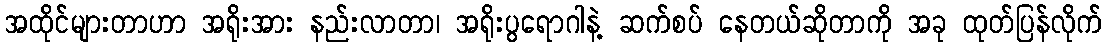
အထိုင်များတာဟာ အရိုးအား နည်းလာတာ၊ အရိုးပွရောဂါနဲ့ ဆက်စပ် နေတယ်ဆိုတာကို အခု ထုတ်ပြန်လိုက်